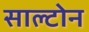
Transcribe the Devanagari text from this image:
साल्टोन